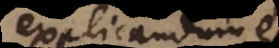
explicandum est